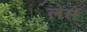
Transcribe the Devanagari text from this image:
लेंसें